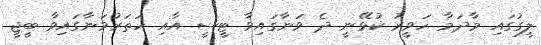
ލީގުގައި މާދަމާ ހަވީރު ކުޅޭނީ ދެ ވަނާގައިވާ ޓީސީ އާއި ހަތަރުވަނާގައިވާ ބީޖީ